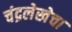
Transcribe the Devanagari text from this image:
चंद्रलेखेचा